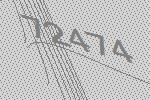
72474